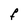
Character: F